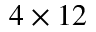
4 \times 1 2